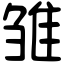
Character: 雏